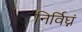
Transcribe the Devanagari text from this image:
निर्विघ्नं